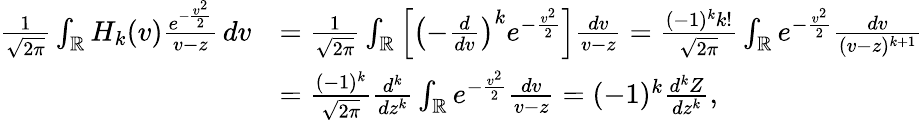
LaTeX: \begin{array}{rl}{\frac{1}{\sqrt{2\pi}}\int_{\mathbb{R}}H_{k}(v)\frac{e^{-\frac{v^{2}}{2}}}{v-z}\, dv}&{=\frac{1}{\sqrt{2\pi}}\int_{\mathbb{R}}\left[\left(-\frac{d}{dv}\right)^{k}e^{-\frac{v^{2}}{2}}\right]\frac{dv}{v-z}=\frac{(-1)^{k}k!}{\sqrt{2\pi}}\int_{\mathbb{R}}e^{-\frac{v^{2}}{2}}\frac{dv}{(v-z)^{k+1}}}\\ &{=\frac{(-1)^{k}}{\sqrt{2\pi}}\frac{d^{k}}{dz^{k}}\int_{\mathbb{R}}e^{-\frac{v^{2}}{2}}\frac{dv}{v-z}=(-1)^{k}\frac{d^{k}Z}{dz^{k}},}\end{array}